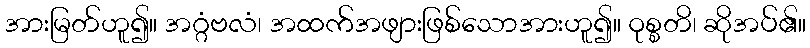
အားမြတ်ဟူ၍။ အဂ္ဂံဗလံ၊ အထက်အဖျားဖြစ်သောအားဟူ၍။ ဝုစ္စတိ၊ ဆိုအပ်၏။